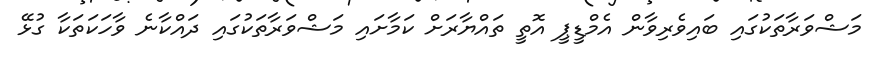
މަޝްވަރާތަކުގައި ބައިވެރިވާން އެމްޑީޕީ އޮތީ ތައްޔާރަށް ކަމާށައި މަޝްވަރާތަކުގައި ދައްކާނެ ވާހަކަަތަކާ ގުޅޭ